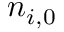
n _ { i , 0 }